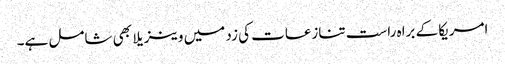
امریکا کے براہ راست تنازعات کی زد میں وینزیلا بھی شامل ہے۔